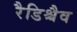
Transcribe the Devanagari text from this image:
रैडिश्चैव